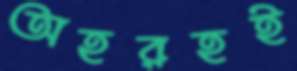
অহরহই